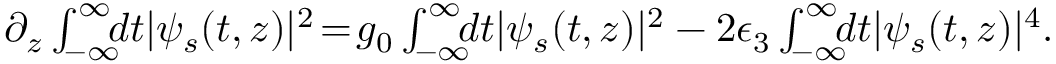
\begin{array} { r l r } & { } & { \! \! \! \! \! \! \! \! \! \! \! \! \partial _ { z } \int _ { - \infty } ^ { \infty } \! \! \! d t | \psi _ { s } ( t , z ) | ^ { 2 } \! = \! g _ { 0 } \int _ { - \infty } ^ { \infty } \! \! \! d t | \psi _ { s } ( t , z ) | ^ { 2 } - 2 \epsilon _ { 3 } \int _ { - \infty } ^ { \infty } \! \! \! d t | \psi _ { s } ( t , z ) | ^ { 4 } . } \end{array}